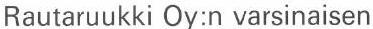
Rautaruukki Oy:n varsinaisen